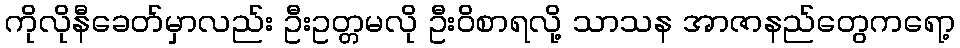
ကိုလိုနီခေတ်မှာလည်း ဦးဥတ္တမလို ဦးဝိစာရလို့ သာသန အာဇာနည်တွေကရော့